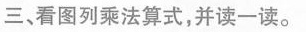
三、看图列乘法算式，并读一读。